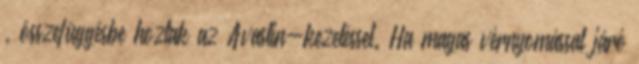
, összefüggésbe hoztak az Avastin-kezeléssel. Ha magas vérnyomással járó